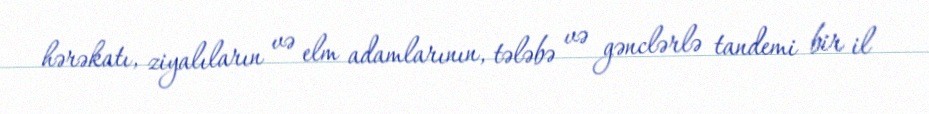
hərəkatı, ziyalıların və elm adamlarının, tələbə və gənclərlə tandemi bir il